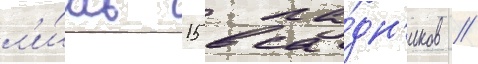
л'и́шь 15 вса́дн'иков /